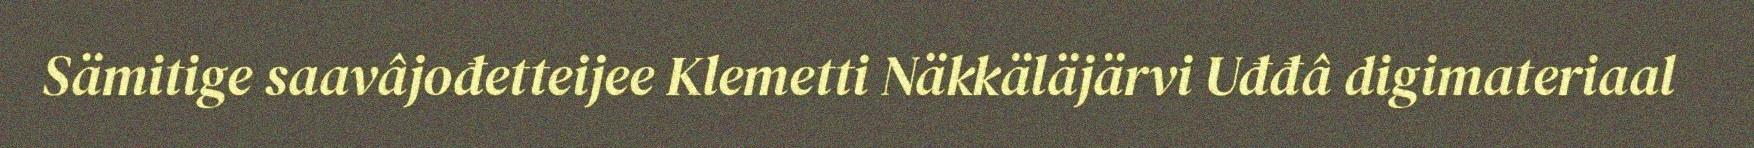
Sämitige saavâjođetteijee Klemetti Näkkäläjärvi Uđđâ digimateriaal